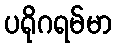
ပရိုဂရမ်မာ